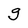
Character: g